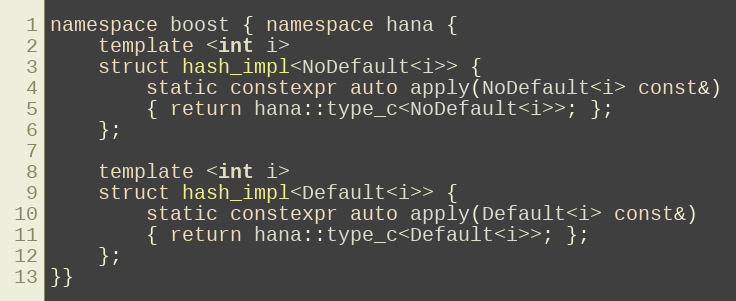
Language: C++
namespace boost { namespace hana {
    template <int i>
    struct hash_impl<NoDefault<i>> {
        static constexpr auto apply(NoDefault<i> const&)
        { return hana::type_c<NoDefault<i>>; };
    };

    template <int i>
    struct hash_impl<Default<i>> {
        static constexpr auto apply(Default<i> const&)
        { return hana::type_c<Default<i>>; };
    };
}}